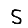
Digit: 5